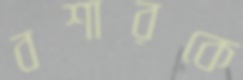
বশারকে